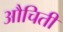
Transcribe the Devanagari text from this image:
औचिती